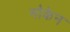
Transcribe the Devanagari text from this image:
मोकेन